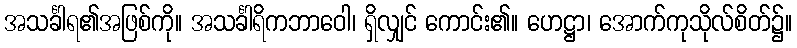
အသင်္ခါရ၏အဖြစ်ကို။ အသင်္ခါရိကဘာဝေါ၊ ရှိလျှင် ကောင်း၏။ ဟေဋ္ဌာ၊ အောက်ကုသိုလ်စိတ်၌။